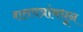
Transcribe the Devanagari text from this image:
शतपत्रांमधून